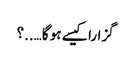
گزارا کیسے ہو گا…..؟